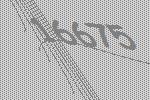
16675